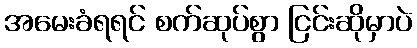
အမေးခံရရင် စက်ဆုပ်စွာ ငြင်းဆိုမှာပဲ